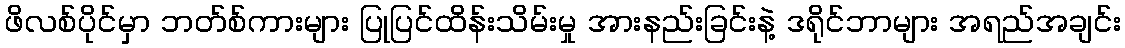
ဖိလစ်ပိုင်မှာ ဘတ်စ်ကားများ ပြုပြင်ထိန်းသိမ်းမှု အားနည်းခြင်းနဲ့ ဒရိုင်ဘာများ အရည်အချင်း